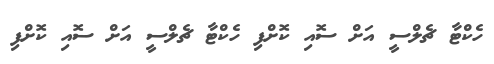
ހެކްޓާ ޗެލްސީ އަށް ސޮއި ކޮށްފި ހެކްޓާ ޗެލްސީ އަށް ސޮއި ކޮށްފި